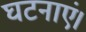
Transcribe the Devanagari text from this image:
घटनाएं।